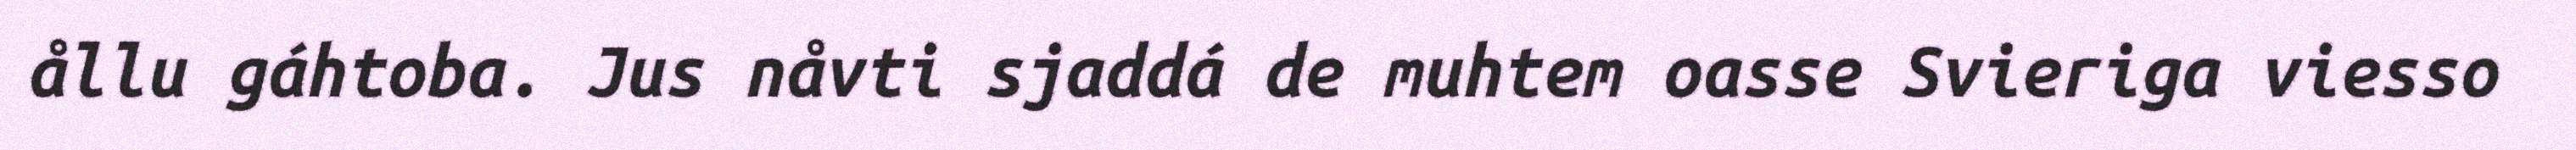
ållu gáhtoba. Jus nåvti sjaddá de muhtem oasse Svieriga viesso